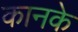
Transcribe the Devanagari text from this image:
कानके